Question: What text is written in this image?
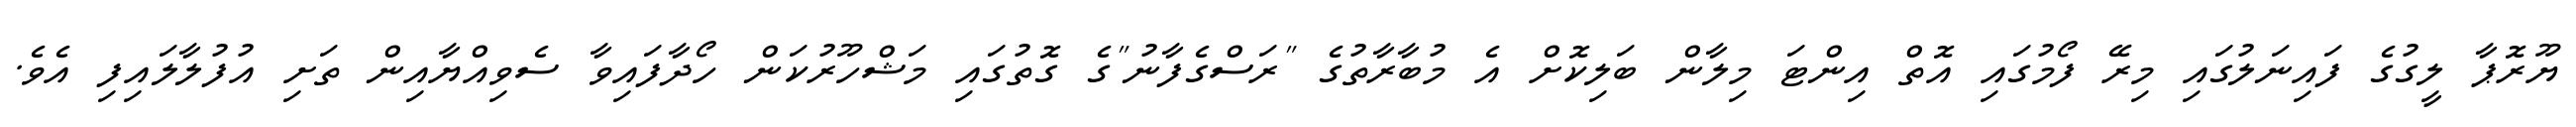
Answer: ޔޫރޮޕާ ލީގުގެ ފައިނަލުގައި މިރޭ ފޯމުގައި އޮތް އިންޓަ މިލާން ބަލިކޮށް އެ މުބާރާތުގެ "ރަސްގެފާނު"ގެ ގޮތުގައި މަޝްހޫރުކަން ހޯދާފައިވާ ސެވިއްޔާއިން ތަށި އުފުލާލައިފި އެވެ.